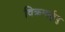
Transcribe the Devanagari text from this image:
विक्रमार्कुदु